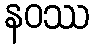
နဝဿ